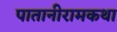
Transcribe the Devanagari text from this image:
पातानीरामकथा